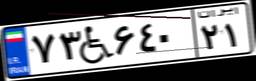
۷۳W۶۴۰۲۱